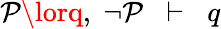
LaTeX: \mathcal{P}\lorq,\; \neg\mathcal{P}\; \; \vdash\; \; q